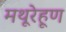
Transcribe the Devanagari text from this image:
मथूरेहूण